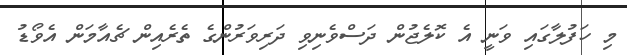
މި ހަފުލާގައި ވަނީ އެ ކޮލެޖުން ދަސްވެނިވި ދަރިވަރުންގެ ތެރެއިން ޗެއާމަން އެވޯޑު